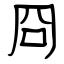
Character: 冏